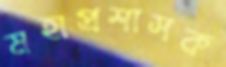
মহাপ্রশাসক